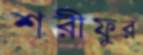
শরীফুর